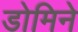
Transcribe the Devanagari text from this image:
डोमिने